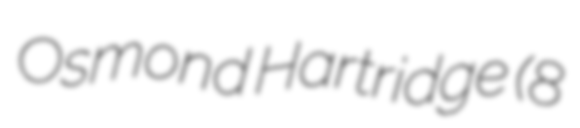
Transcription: Osmond Hartridge (8